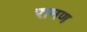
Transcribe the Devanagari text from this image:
रामण